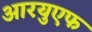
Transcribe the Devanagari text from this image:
आरयुएफ